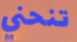
تنحني